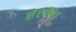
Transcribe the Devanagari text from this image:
हेर्लेच